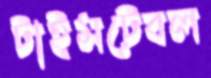
টাইমটেবল